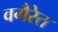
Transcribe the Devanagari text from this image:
वगैरेत